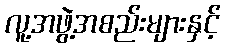
လူ့အဖွဲ့အစည်းများနှင့်